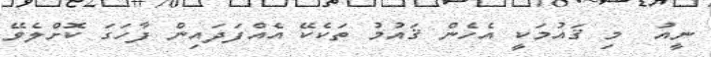
ނީއު  މި ޤައުމަކީ އެހެން ޤައުމު ތަކެކޭ އެއްފަދައިން ފާހަގަ ކޮށްލެވޭ